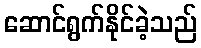
ဆောင်ရွက်နိုင်ခဲ့သည်